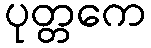
ပုတ္တကေ